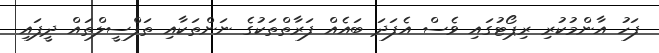
ފަހު އާންމުކުރި ރިޕޯޓުގައި ވެސް އެފަދަ ބައެއް ފަރާތްތަކުގެ ނަންތަކާއި ތަފްސީލްތައް ދީފައި